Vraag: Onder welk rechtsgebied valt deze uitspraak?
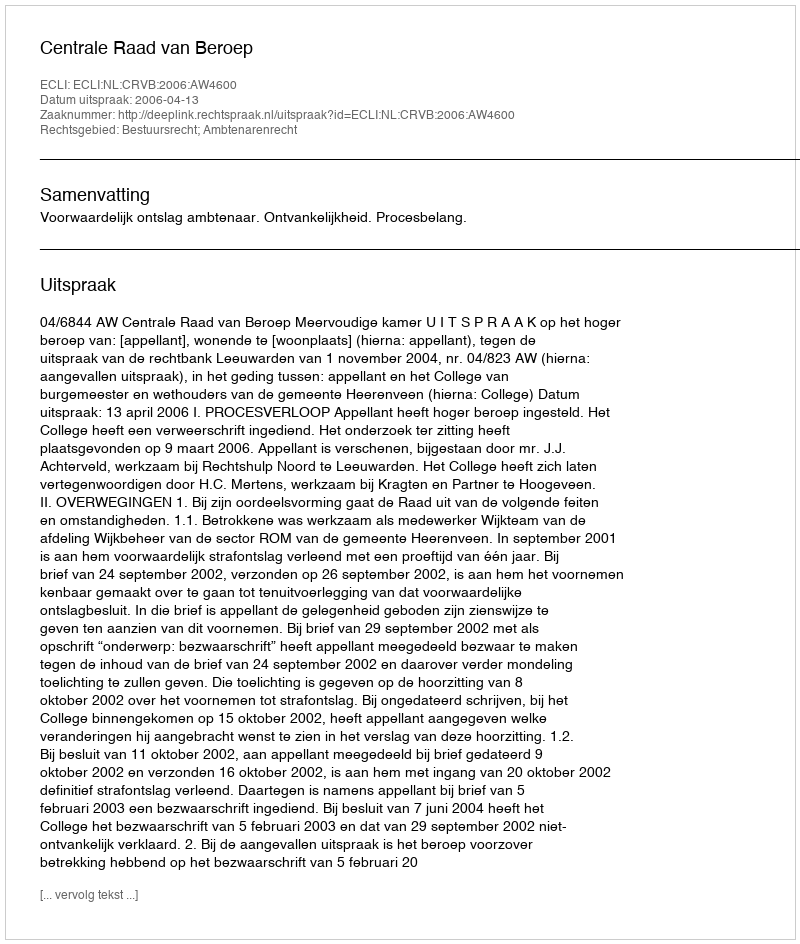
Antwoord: Bestuursrecht; Ambtenarenrecht